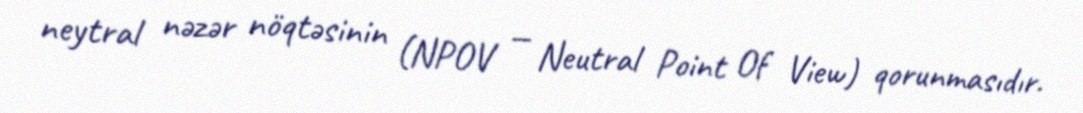
neytral nəzər nöqtəsinin (NPOV — Neutral Point Of View) qorunmasıdır.